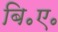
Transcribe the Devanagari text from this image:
बि॰ए॰